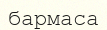
бармаса